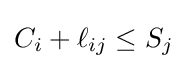
C_{i}+\ell _{ij}\leq S_{j}